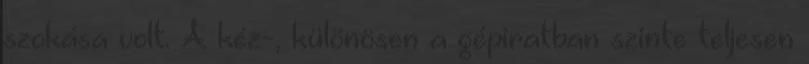
szokása volt. A kéz-, különösen a gépiratban szinte teljesen